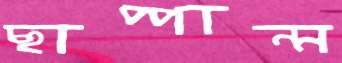
ছাপ্পান্ন